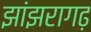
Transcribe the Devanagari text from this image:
झांझरागढ़